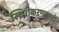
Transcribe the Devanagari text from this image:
स्थिरीकरणासाठी